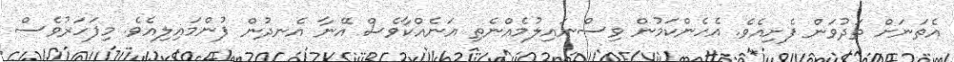
އެތަނަށް ތަދުވަން ފެށިއެވެ. އެހެންކަމުން ވިސްނައިލުމެއްނެތި އަނެއްކާވެސް އޭނާ އެނދުން ފުންމައިލިއެވެ. މިފަހަރުވެސް